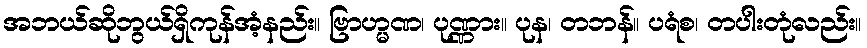
အဘယ်ဆိုဘွယ်ရှိကုန်အံ့နည်း။ ဗြာဟ္မဏ၊ ပုဏ္ဏား။ ပုန၊ တဘန်။ ပရံစ၊ တပါးတုံလည်း။